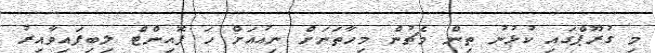
މި ގުރޫޕްގައި ކުޅުނު ތިން މެޗުން މިހާތަނަށް ނިއުއަށް ހަ ޕޮއިންޓް ލިބިފައިވާއިރު